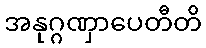
အနုဂ္ဂဏှာပေတီတိ